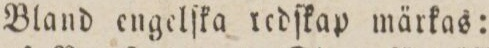
Bland engelſka redſkap märkas: